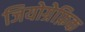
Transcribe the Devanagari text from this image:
जियोग्रेफ़िक